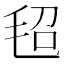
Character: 𰚕